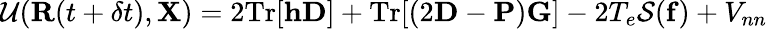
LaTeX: {\cal U}({\mathbf R}(t+\delta t),{\mathbf X})=2\mathrm{Tr}[{\mathbf h}{\mathbf D}]+\mathrm{Tr}[(2{\mathbf D}-{\mathbf P}){\mathbf G}]-2T_{e}{\cal S}({\mathbf f})+V_{nn}